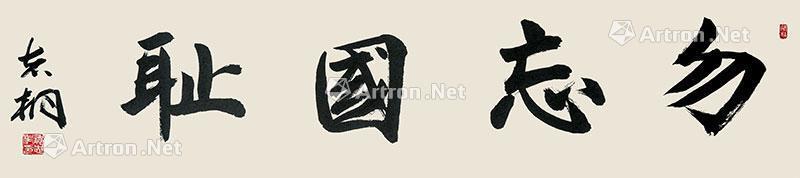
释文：勿忘国耻志桐。